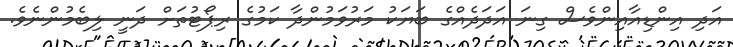
އަދި އިންޑިއާއިންވެސް ގިނަ އަދަދެއްގެ ބަޔަކު މަރުވަމުންދާ ކަމުގެ ރިޕޯޓުތަށް ދަނީ ލިބެމުންނެވެ.